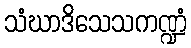
သံဃာဒိသေသကဏ္ဍံ